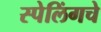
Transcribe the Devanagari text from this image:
स्पेलिंगचे